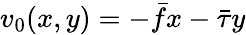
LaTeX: v_{0}(x,y)=-\bar{f}x-\bar{\tau}y